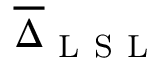
\overline { { \Delta } } _ { \mathrm { ~ L ~ S ~ L ~ } }